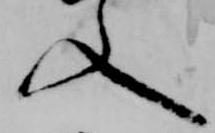
入